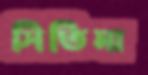
সিতিমা